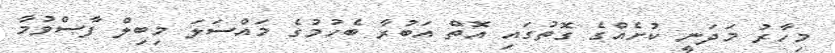
މިހާރު މަދަނީ ކުށެއްގެ ގޮތުގައި އޮތް އަބުރާ ބެހުމުގެ މައްސަލަ މިބިލް ފާސްވުމާ